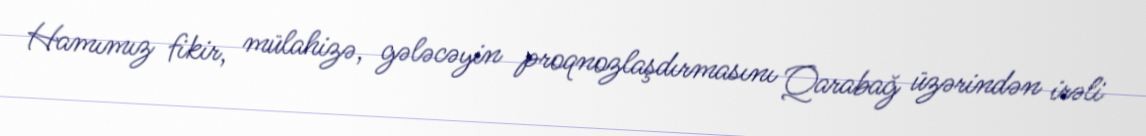
Hamımız fikir, mülahizə, gələcəyin proqnozlaşdırmasını Qarabağ üzərindən irəli